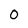
Character: 0